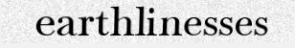
earthlinesses